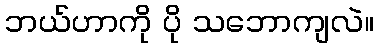
ဘယ်ဟာကို ပို သဘောကျလဲ။